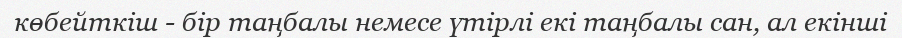
көбейткіш - бір таңбалы немесе үтірлі екі таңбалы сан, ал екінші